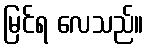
မြင်ရ လေသည်။